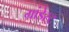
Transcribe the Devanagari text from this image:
ग्रांडेस्ट